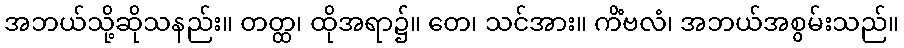
အဘယ်သို့ဆိုသနည်း။ တတ္ထ၊ ထိုအရာ၌။ တေ၊ သင်အား။ ကိံဗလံ၊ အဘယ်အစွမ်းသည်။